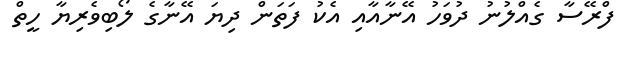
ފްރޭސާ ގެއްލުނު ދުވަހު އޭނާއާއި އެކު ފަަތަން ދިޔަ އޭނާގެ ލޯބިވެރިޔާ ހީތް